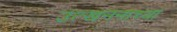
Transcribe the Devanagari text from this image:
उत्खननाच्या